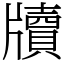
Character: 牘